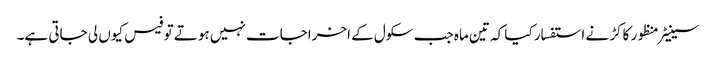
سینیٹر منظور کاکڑ نے استفسار کیا کہ تین ماہ جب سکول کے اخراجات نہیں ہوتے تو فیس کیوں لی جاتی ہے۔